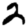
Digit: 2